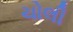
ચોલી